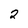
Character: 2